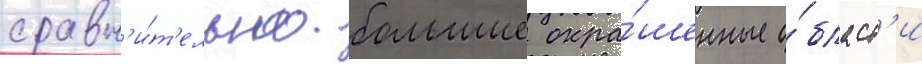
сравн'и́т'ельно большие окра́шенные о́бласт'и